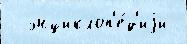
  энциклоп'е́д'иjи